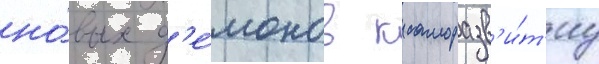
но́вых д'е́монов к саморазв'и́т'иу